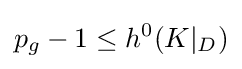
p_{g}-1\leq h^{0}(K|_{D})